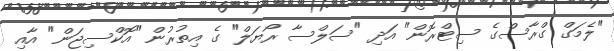
"ލެމަގް ގްރާސްގެ ސިޓްރޮން" އަދި "ސަލްސާ ރޯޔަލް" ގެ އިތުރުން "އޮކްސިޖަން" އާއި